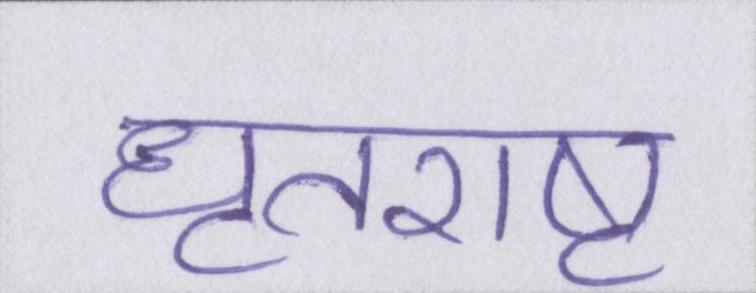
धृतराष्ट्र